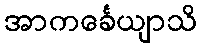
အာကင်္ခေယျာသိ